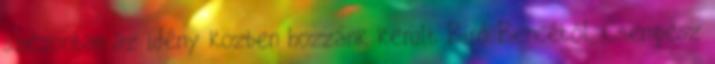
szezonban az idény közben hozzánk került Bíró Bencétől, Csempesz